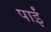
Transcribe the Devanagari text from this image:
पाईंं